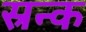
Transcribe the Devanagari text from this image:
स्रन्क